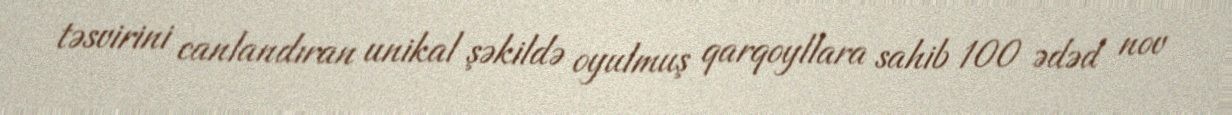
təsvirini canlandıran unikal şəkildə oyulmuş qarqoyllara sahib 100 ədəd nov